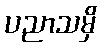
ပညာသမှိ